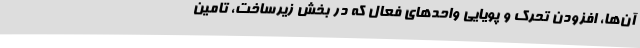
آن‌ها، افزودن تحرک و پویایی واحدهای فعال که در بخش زیرساخت، تامین